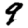
Digit: 9